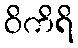
ဝိကိရိ